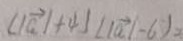
( \vert \overrightarrow { a } \vert + 4 ) ( \vert \overrightarrow { a } \vert - 6 ) =